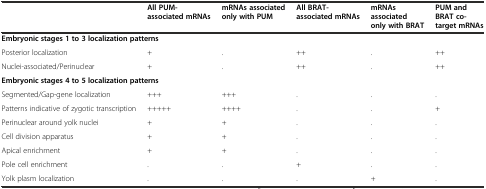
<table><thead><tr><td></td><td><b>All PUM-associated mRNAs</b></td><td><b>mRNAs associated only with PUM</b></td><td><b>All BRAT-associated mRNAs</b></td><td><b>mRNAs associated only with BRAT</b></td><td><b>PUM and BRAT co-target mRNAs</b></td></tr></thead><tbody><tr><td colspan="6"><b>Embryonic stages 1 to 3 localization patterns</b></td></tr><tr><td>Posterior localization</td><td>+</td><td>.</td><td>++</td><td>.</td><td>++</td></tr><tr><td>Nuclei-associated/Perinuclear</td><td>+</td><td>.</td><td>++</td><td>.</td><td>++</td></tr><tr><td colspan="6"><b>Embryonic stages 4 to 5 localization patterns</b></td></tr><tr><td>Segmented/Gap-gene localization</td><td>+++</td><td>+++</td><td>.</td><td>.</td><td>.</td></tr><tr><td>Patterns indicative of zygotic transcription</td><td>+++++</td><td>++++</td><td>.</td><td>.</td><td>+</td></tr><tr><td>Perinuclear around yolk nuclei</td><td>+</td><td>+</td><td>.</td><td>.</td><td>.</td></tr><tr><td>Cell division apparatus</td><td>+</td><td>+</td><td>.</td><td>.</td><td>.</td></tr><tr><td>Apical enrichment</td><td>+</td><td>+</td><td>.</td><td>.</td><td>.</td></tr><tr><td>Pole cell enrichment</td><td>.</td><td>.</td><td>+</td><td>.</td><td>.</td></tr><tr><td>Yolk plasm localization</td><td>.</td><td>.</td><td>.</td><td>+</td><td>.</td></tr></tbody></table>